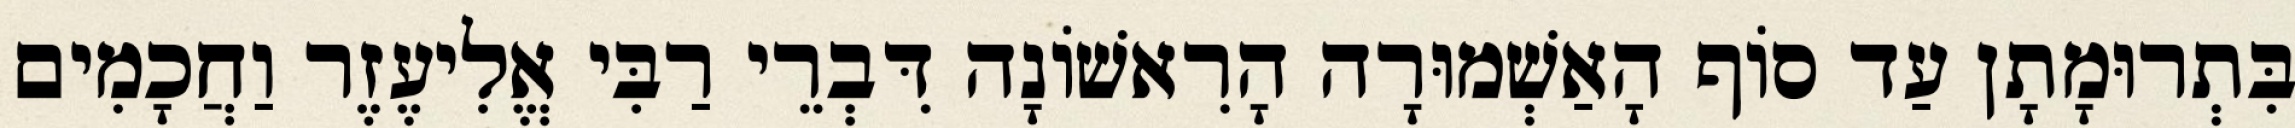
בִּתְרוּמָתָן עַד סוֹף הָאַשְׁמוּרָה הָרִאשׁוֹנָה דִּבְרֵי רַבִּי אֱלִיעֶזֶר וַחֲכָמִים